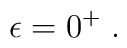
\epsilon=0^{+}\;  .